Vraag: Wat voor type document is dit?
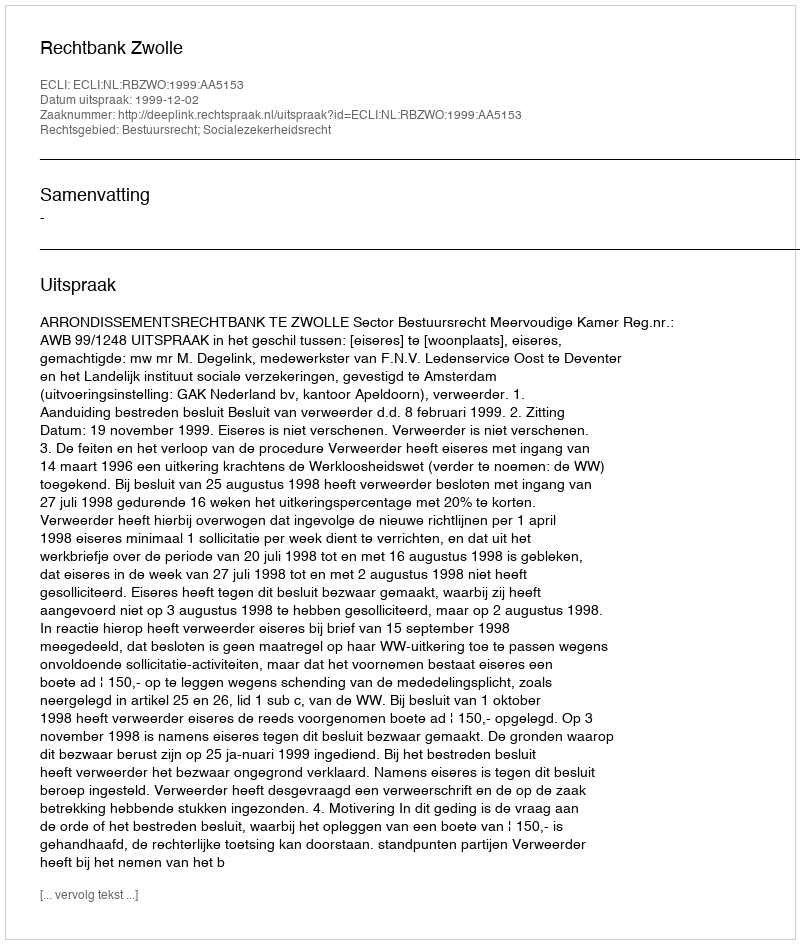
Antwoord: Uitspraak